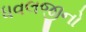
ધવલજીનો